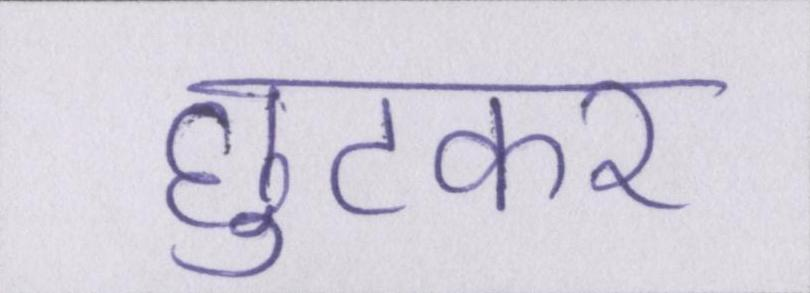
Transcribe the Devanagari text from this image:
छुटकर